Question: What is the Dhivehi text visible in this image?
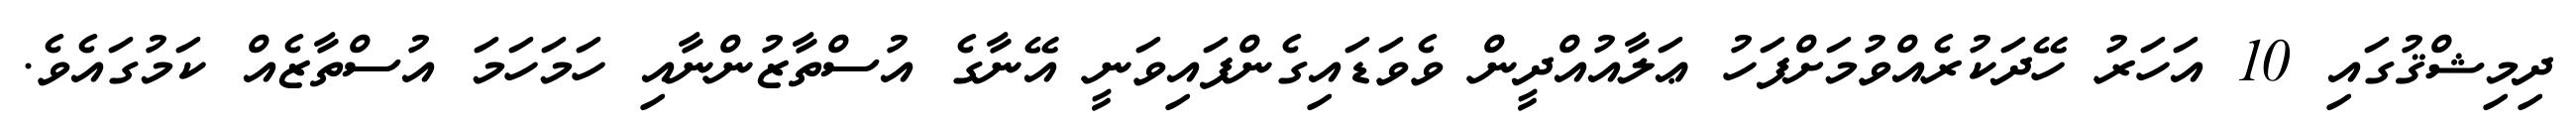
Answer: ދިމިޝްޤުގައި 10 އަހަރު ހޭދަކުރެއްވުމަށްފަހު ޢަލާއުއްދީން ވެވަޑައިގެންފައިވަނީ އޭނާގެ އުސްތާޒުންނާއި ހަމަހަމަ އުސްތާޒެއް ކަމުގައެވެ.